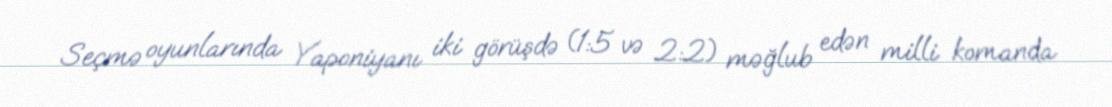
Seçmə oyunlarında Yaponiyanı iki görüşdə (1:5 və 2:2) məğlub edən milli komanda